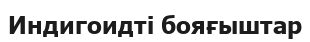
Индигоидті бояғыштар